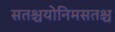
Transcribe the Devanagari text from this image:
सतश्चयोनिमसतश्च